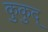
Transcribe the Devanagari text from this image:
कुकुद्